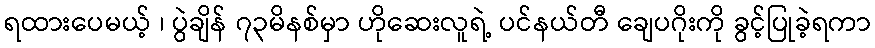
ရထားပေမယ့် ၊ ပွဲချိန် ၇၃မိနစ်မှာ ဟိုဆေးလူရဲ့ ပင်နယ်တီ ချေပဂိုးကို ခွင့်ပြုခဲ့ရကာ